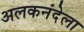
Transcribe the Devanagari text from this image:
अलकनंदेला